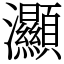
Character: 灦